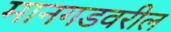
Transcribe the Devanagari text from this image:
मानगडवरील